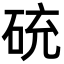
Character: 𥒝